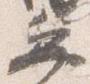
弁